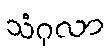
သံဂုလာ